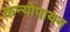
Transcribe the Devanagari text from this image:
कन्योपायन